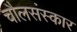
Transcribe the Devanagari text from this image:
चौलसंस्कार